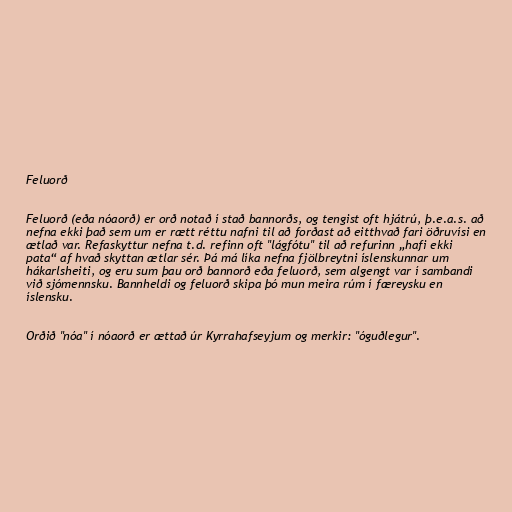
Feluorð

Feluorð (eða nóaorð) er orð notað í stað bannorðs, og tengist oft hjátrú, þ.e.a.s. að
nefna ekki það sem um er rætt réttu nafni til að forðast að eitthvað fari öðruvísi en
ætlað var. Refaskyttur nefna t.d. refinn oft "lágfótu" til að refurinn „hafi ekki
pata“ af hvað skyttan ætlar sér. Þá má líka nefna fjölbreytni íslenskunnar um
hákarlsheiti, og eru sum þau orð bannorð eða feluorð, sem algengt var í sambandi
við sjómennsku. Bannheldi og feluorð skipa þó mun meira rúm í færeysku en
íslensku.

Orðið "nóa" í nóaorð er ættað úr Kyrrahafseyjum og merkir: "óguðlegur".